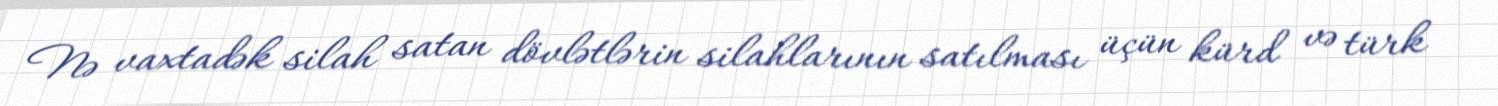
Nə vaxtadək silah satan dövlətlərin silahlarının satılması üçün kürd və türk